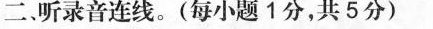
二。听录音连线。(每小题1分，共5分)